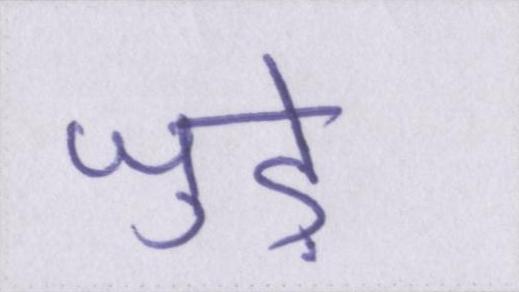
जुडे़